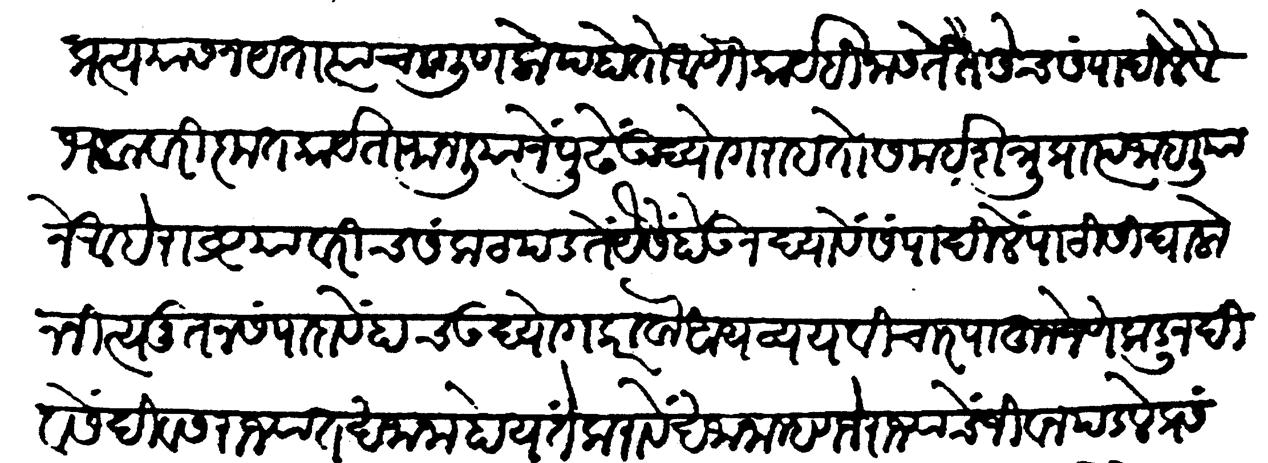
Transliteration (Devanagari): प्रत्ययास न यता त्याचा गुणलोप होतो आणि कार्यहि नासते तैसेंच संपादिले वैभवावरी कृतकार्यता मानलियाने पुढें उद्योग राहतो समई शत्रू प्राप्त जाहलियाने आहे राष्ट्र यावरीच संकट पडतें यैसें होऊं न द्यावें संपादिलें पाठीसी घालोन नित्य नूतन संपादावे हाच उद्योग करावा आयव्यय विचार पाहून जेणेंकडून दिवसें दिवस राज्यात खजाना होय ते करावे खजाना म्हणजे राज्याचें जीवन पडले प्रसंगीं